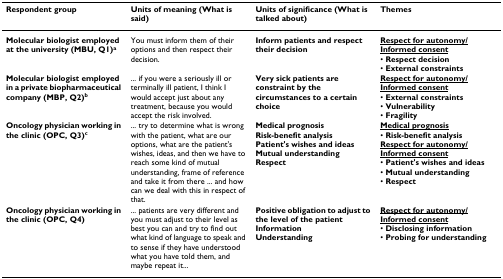
<table><thead><tr><td><b>Respondent group</b></td><td><b>Units of meaning (What is said)</b></td><td><b>Units of significance (What is talked about)</b></td><td><b>Themes</b></td></tr></thead><tbody><tr><td><b>Molecular biologist employed at the university (MBU, Q1)<sup>a</sup></b></td><td>You must inform them of their options and then respect their decision.</td><td><b>Inform patients and respect their decision</b></td><td><b><underline>Respect for autonomy/Informed consent</underline></b>• <b>Respect decision</b>• <b>External constraints</b></td></tr><tr><td><b>Molecular biologist employed in a private biopharmaceutical company (MBP, Q2)<sup>b</sup></b></td><td>... if you were a seriously ill or terminally ill patient, I think I would accept just about any treatment, because you would accept the risk involved.</td><td><b>Very sick patients are constraint by the circumstances to a certain choice</b></td><td><b><underline>Respect for autonomy/Informed consent</underline></b>• <b>External constraints</b>• <b>Vulnerability</b>• <b>Fragility</b></td></tr><tr><td><b>Oncology physician working in the clinic (OPC, Q3)<sup>c</sup></b></td><td>... try to determine what is wrong with the patient, what are our options, what are the patient&#x27;s wishes, ideas, and then we have to reach some kind of mutual understanding, frame of reference and take it from there ... and how can we deal with this in respect of that.</td><td><b>Medical prognosis</b><b>Risk-benefit analysis</b><b>Patient&#x27;s wishes and ideas</b><b>Mutual understanding</b><b>Respect</b></td><td><b><underline>Medical prognosis</underline></b>• <b>Risk-benefit analysis</b><b><underline>Respect for autonomy/Informed consent</underline></b>• <b>Patient&#x27;s wishes and ideas</b>• <b>Mutual understanding</b>• <b>Respect</b></td></tr><tr><td><b>Oncology physician working in the clinic (OPC, Q4)</b></td><td>... patients are very different and you must adjust to their level as best you can and try to find out what kind of language to speak and to sense if they have understood what you have told them, and maybe repeat it...</td><td><b>Positive obligation to adjust to the level of the patient</b><b>Information</b><b>Understanding</b></td><td><b><underline>Respect for autonomy/Informed consent</underline></b>• <b>Disclosing information</b>• <b>Probing for understanding</b></td></tr></tbody></table>